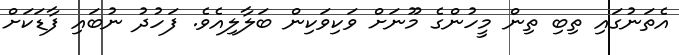
އެތަނުގައި ތިބި ތިން މީހުންގެ މޫނަށް ވަކިވަކިން ބަލާލިއެވެ. ފަހުދު ނުބައި ފާޑަކަށް